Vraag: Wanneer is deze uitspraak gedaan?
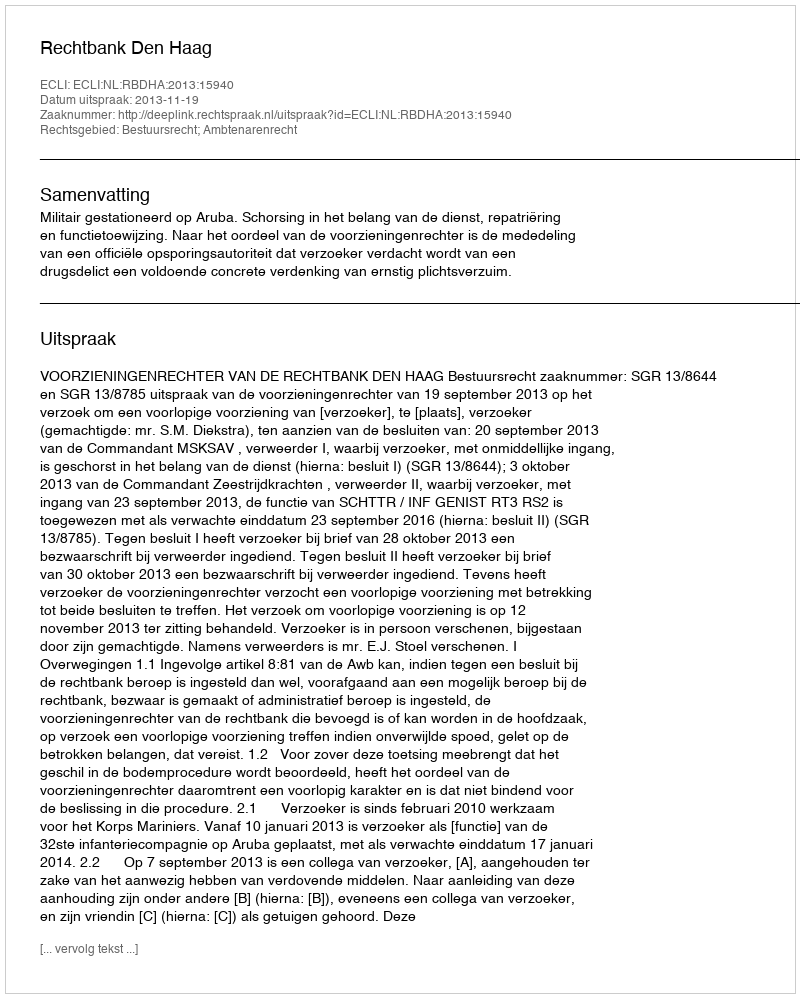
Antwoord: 2013-11-19